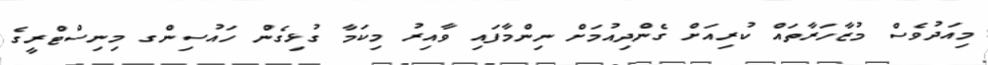
މިއަދުވެސް މުޒާހަރާތައް ކުރިއަށް ގެންދިއުމަށް ނިންމާފައި ވާއިރު މިކަމާ ގުޅިގެން ހައުސިންގ މިނިސްޓްރީގެ